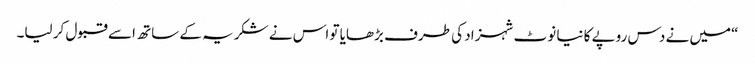
“میں نے دس روپے کا نیا نوٹ شہزاد کی طرف بڑھایا تو اس نے شکریہ کے ساتھ اسے قبول کر لیا۔